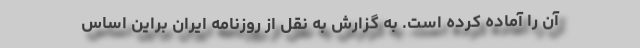
آن را آماده کرده است. به گزارش به نقل از روزنامه ایران براین اساس